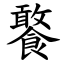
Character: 饏